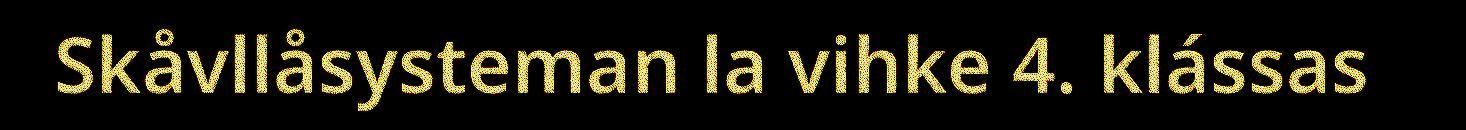
Skåvllåsysteman la vihke 4. klássas